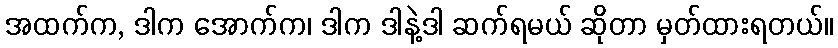
အထက်က, ဒါက အောက်က၊ ဒါက ဒါနဲ့ဒါ ဆက်ရမယ် ဆိုတာ မှတ်ထားရတယ်။